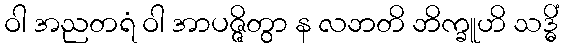
ဝါ အညတရံ ဝါ အာပဇ္ဇိတွာ န လဘတိ ဘိက္ခူဟိ သဒ္ဓိံ